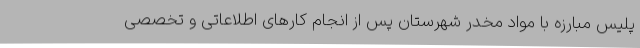
پلیس مبارزه با مواد مخدر شهرستان پس از انجام کارهای اطلاعاتی و تخصصی